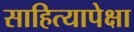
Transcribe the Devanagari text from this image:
साहित्यापेक्षा